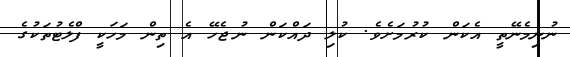
ނުނިމެނޭތީ އެކަން ކުރުމަށެވެ. ކުލި ދައްކަން ނުޖެހޭ އެ ތިން މަހަކީ ފްލެޓުތަކުގެ